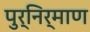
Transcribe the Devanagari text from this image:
पुर्निर्माण